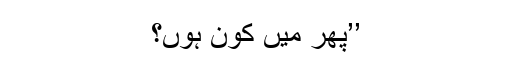
’’پھر میں کون ہوں؟